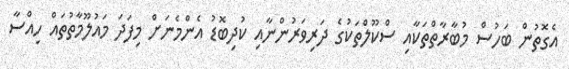
އެގޮތުން ބަހުސް މުބާރާތްތަކާއި ސްކޫލްތަކުގެ ދަރިވަރުންނާއި ކުދިބޮޑު އެންމެނަށް މިފަދަ މައުލޫމާތުތައް ހިއްސާ